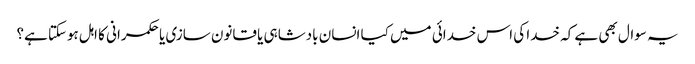
یہ سوال بھی ہے کہ خدا کی اس خدائی میں کیا انسان بادشاہی یا قانون سازی یا حکمرانی کا اہل ہوسکتا ہے؟